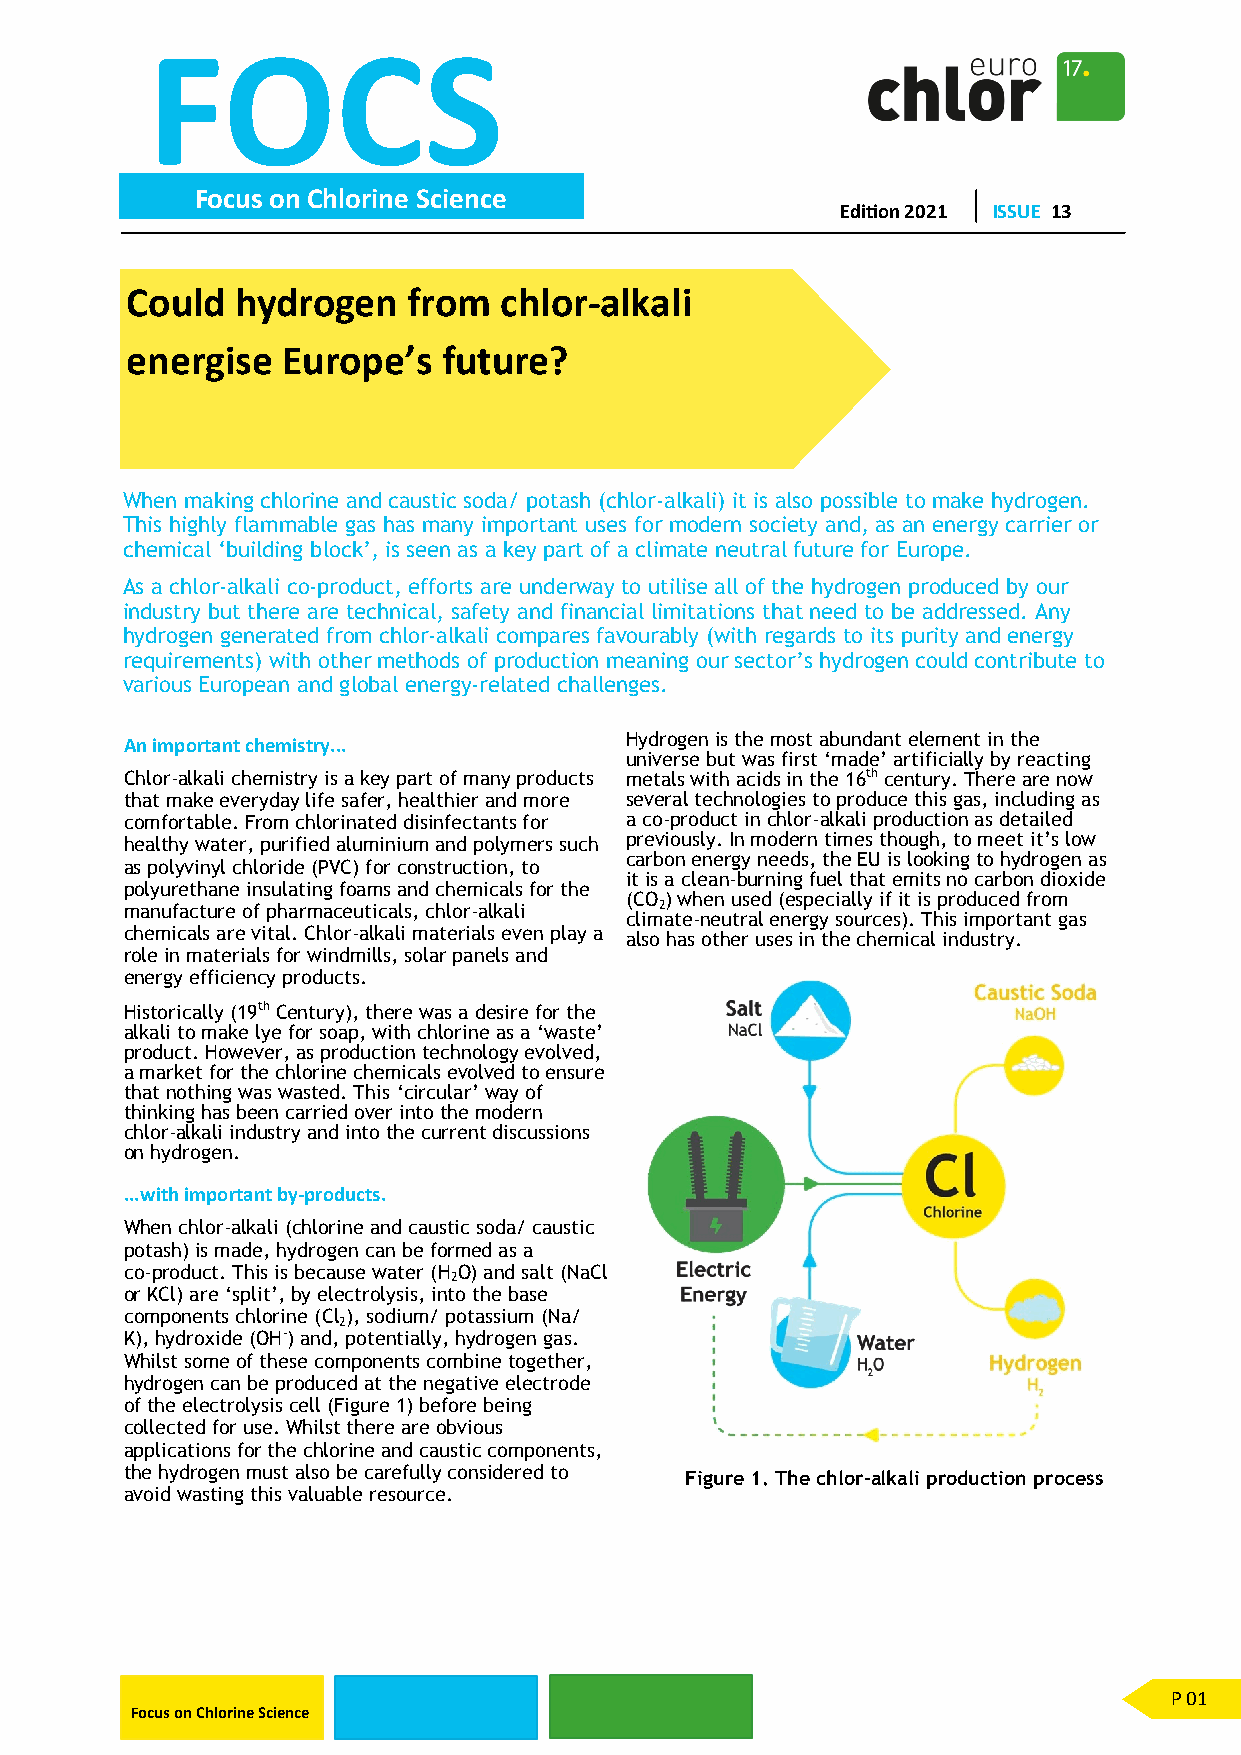
FOCS
 Focus on Chlorine Science
 Edition 2021 ISSUE 13
 Could   hydrogen   from  chlor-alkali
 energise   Europe’s  future?
 When making chlorine and caustic soda/ potash (chlor-alkali) it is also possible to make hydrogen.
 This highly flammable gas has many important uses for modern society and, as an energy carrier or
 chemical ‘building block’, is seen as a key part of a climate neutral future for Europe.
 As a chlor-alkali co-product, efforts are underway to utilise all of the hydrogen produced by our
 industry but there are technical, safety and financial limitations that need to be addressed. Any
 hydrogen generated from chlor-alkali compares favourably (with regards to its purity and energy
 requirements) with other methods of production meaning our sector’s hydrogen could contribute to
 various European and global energy-related challenges.
 An important chemistry...        Hydrogen is the most abundant element in the
 universe but was first ‘made’ artificially by reacting
 Chlor-alkali chemistry is a key part of many products metals with acids in the 16th century. There are now
 that make everyday life safer, healthier and more several technologies to produce this gas, including as
 comfortable. From chlorinated disinfectants for a co-product in chlor-alkali production as detailed
 healthy water, purified aluminium and polymers such previously. In modern times though, to meet it’s low
 carbon energy needs, the EU is looking to hydrogen as
 as polyvinyl chloride (PVC) for construction, to
 it is a clean-burning fuel that emits no carbon dioxide
 polyurethane insulating foams and chemicals for the
 (CO ) when used (especially if it is produced from
 manufacture of pharmaceuticals, chlor-alkali 2
 climate-neutral energy sources). This important gas
 chemicals are vital. Chlor-alkali materials even play a also has other uses in the chemical industry.
 role in materials for windmills, solar panels and
 energy efficiency products.
 Historically (19th Century), there was a desire for the
 alkali to make lye for soap, with chlorine as a ‘waste’
 product. However, as production technology evolved,
 a market for the chlorine chemicals evolved to ensure
 that nothing was wasted. This ‘circular’ way of
 thinking has been carried over into the modern
 chlor-alkali industry and into the current discussions
 on hydrogen.
 ...with important by-products.
 When chlor-alkali (chlorine and caustic soda/ caustic
 potash) is made, hydrogen can be formed as a
 co-product. This is because water (H O) and salt (NaCl
 2
 or KCl) are ‘split’, by electrolysis, into the base
 components chlorine (Cl ), sodium/ potassium (Na/
 2
 K), hydroxide (OH-) and, potentially, hydrogen gas.
 Whilst some of these components combine together,
 hydrogen can be produced at the negative electrode
 of the electrolysis cell (Figure 1) before being
 collected for use. Whilst there are obvious
 applications for the chlorine and caustic components,
 the hydrogen must also be carefully considered to Figure 1. The chlor-alkali production process
 avoid wasting this valuable resource.
 P 01
 Focus on Chlorine Science